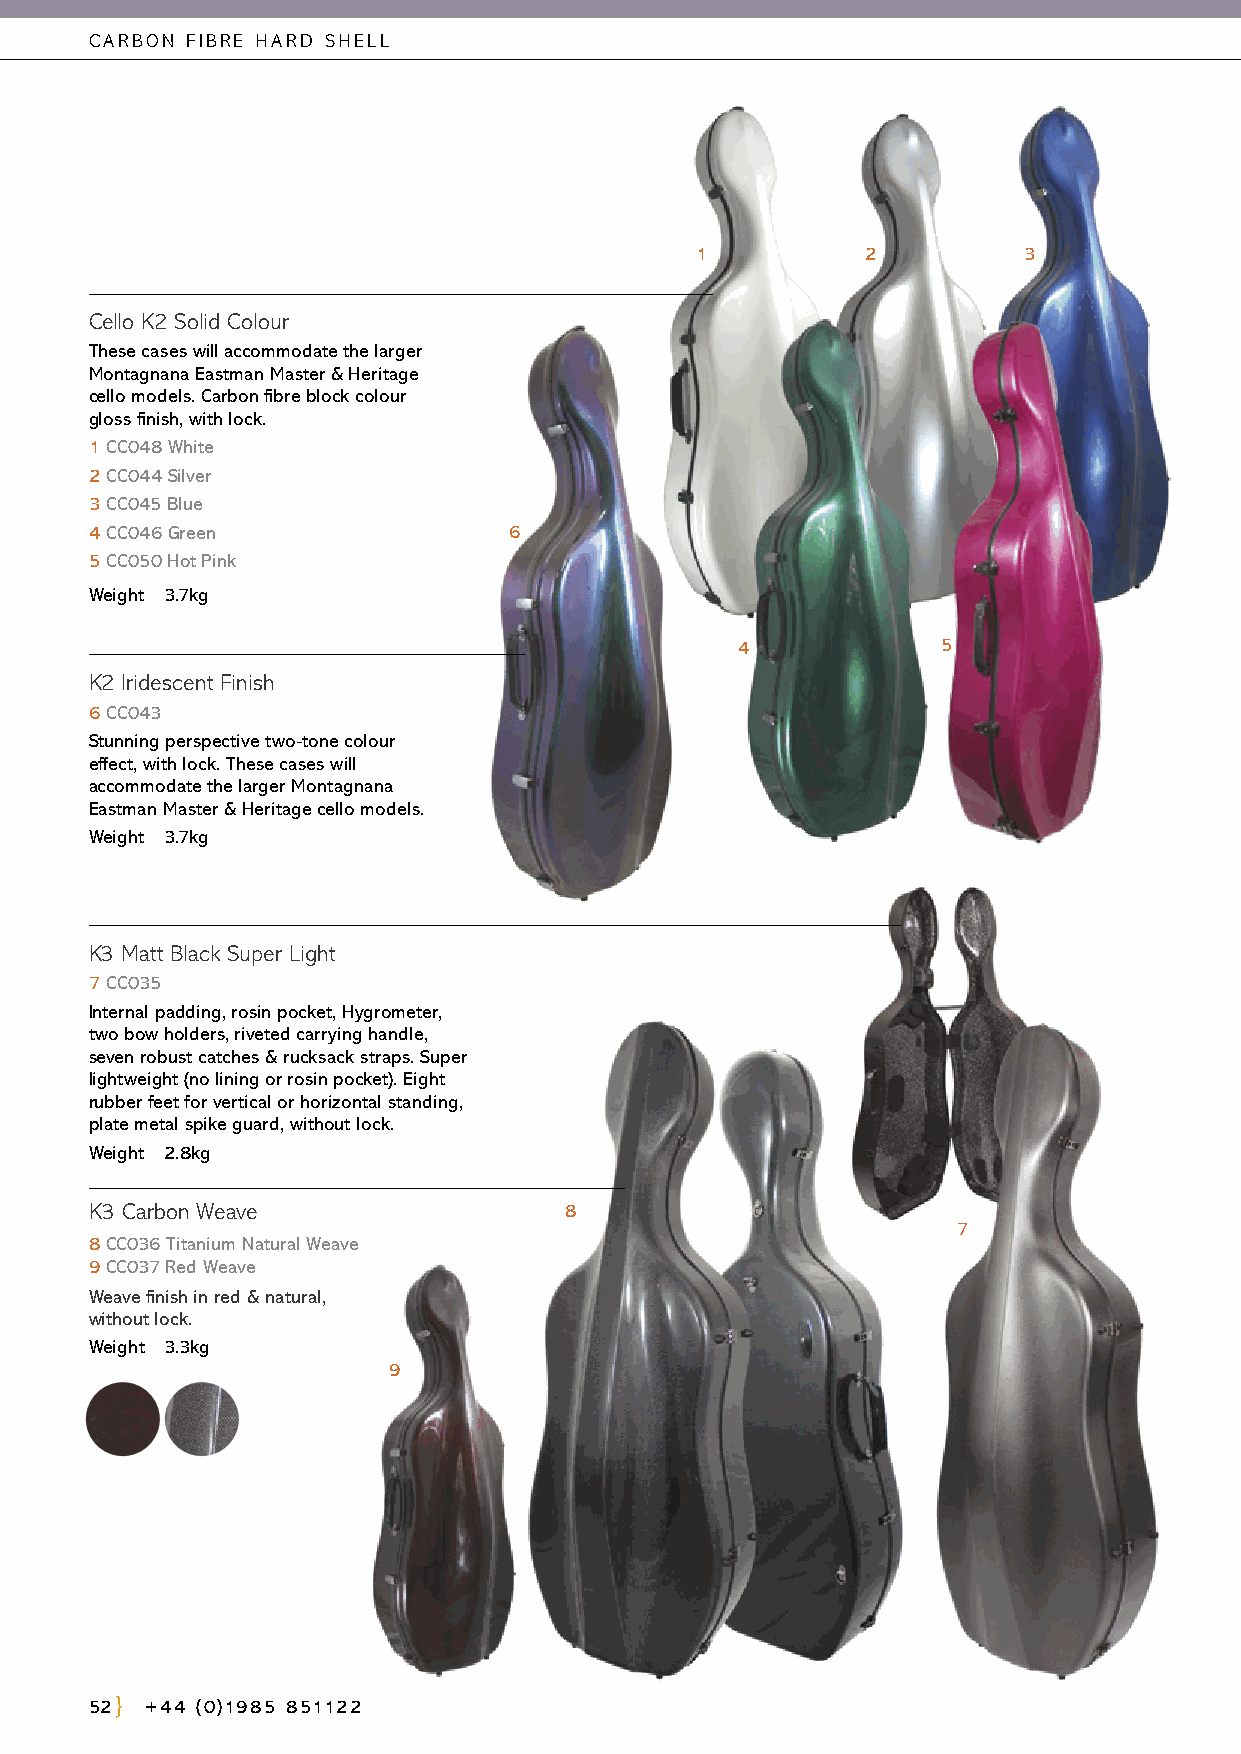
CARBON FIBRE HARD SHELL
 1          2          3
 Cello K2 Solid Colour
 These cases will accommodate the larger
 Montagnana Eastman Master & Heritage
 cello models. Carbon fibre block colour
 gloss finish, with lock.
 1 CC048 White
 2 CC044 Silver
 3 CC045 Blue
 4 CC046 Green               6
 5 CC050 Hot Pink
 Weight 3.7kg
 4            5
 K2 Iridescent Finish
 6 CC043
 Stunning perspective two-tone colour
 effect, with lock. These cases will
 accommodate the larger Montagnana
 Eastman Master & Heritage cello models.
 Weight 3.7kg
 K3 Matt Black Super Light
 7 CC035
 Internal padding, rosin pocket, Hygrometer,
 two bow holders, riveted carrying handle,
 seven robust catches & rucksack straps. Super
 lightweight (no lining or rosin pocket). Eight
 rubber feet for vertical or horizontal standing,
 plate metal spike guard, without lock.
 Weight 2.8kg
 K3 Carbon Weave                8
 7
 8 CC036 Titanium Natural Weave
 9 CC037 Red Weave
 Weave finish in red & natural,
 without lock.
 Weight 3.3kg
 9
 52  +44 (0)1985 851122